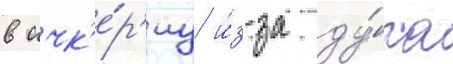
в ичк'е́р'иу и́з-за ду́ха